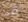
في